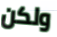
ولكن